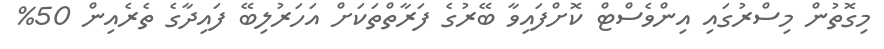
މިގޮތުން މިސްރުގައި އިންވެސްޓް ކޮށްފައިވާ ބޭރުގެ ފަރާތްތަކަށް އަހަރުލިބޭ ފައިދާގެ ތެރެއިން 50%